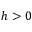
h > 0